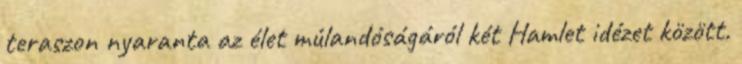
teraszon nyaranta az élet múlandóságáról két Hamlet idézet között.